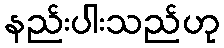
နည်းပါးသည်ဟု